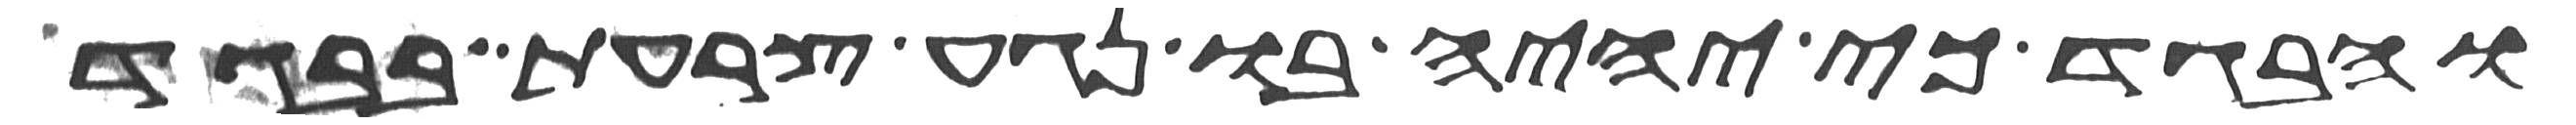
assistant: והבגד כי יהיה בו נגע צרעת בבגד